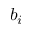
b _ { i }